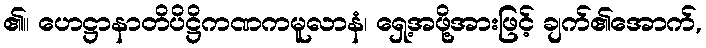
၏။ ဟေဋ္ဌာနာတိပိဋ္ဌိကဏကမူလာနံ၊ ရှေ့အဖို့အားဖြင့် ချက်၏အောက်,